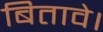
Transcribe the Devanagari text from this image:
बितावे।